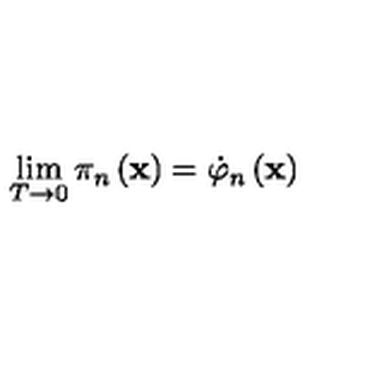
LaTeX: \lim _ { T \rightarrow 0 } \pi _ { n } \left( \mathbf { x } \right) = \dot { \varphi } _ { n } \left( \mathbf { x } \right)